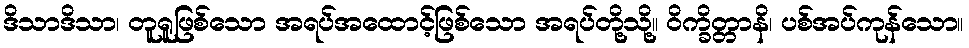
ဒိသာဒိသာ၊ တူရူဖြစ်သော အရပ်အထောင့်ဖြစ်သော အရပ်တို့သို့။ ဝိက္ခိတ္တာနိ၊ ပစ်အပ်ကုန်သော။